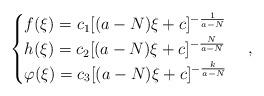
LaTeX: \begin{align*} \begin{cases}f(\xi) = c_1[(a-N)\xi+c]^{-\frac{1}{a-N}}\\h(\xi) = c_2[(a-N)\xi+c]^{-\frac{N}{a-N}}\\\varphi(\xi) = c_3[(a-N)\xi+c]^{-\frac{k}{a-N}}\end{cases},\end{align*}